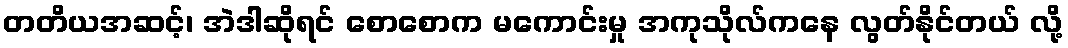
တတိယအဆင့်၊ အဲဒါဆိုရင် စောစောက မကောင်းမှု အကုသိုလ်ကနေ လွတ်နိုင်တယ် လို့